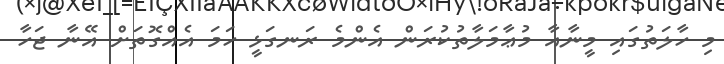
މި ހާލަތުގައި މީނާއާ މުޢާމަލާތުކުރަން އެންމެ ރަނގަޅީ ހަމަ އެއްގޮތަށް އޭނާ ޖަހާ